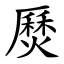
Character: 㷴